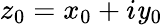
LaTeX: z_{0}=x_{0}+i\mathit{y}_{0}